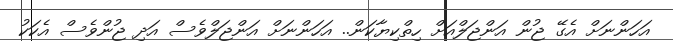
އަހަންނަށް އެގޭ ޖުން އަންޖަލްއަށް ހިތްކިޔާކަން.. އަހަންނަށް އަންޖަލްވެސް އަދި ޖުންވެސް އެކަކު